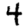
Digit: 4